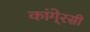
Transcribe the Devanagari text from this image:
कांगे्रसी